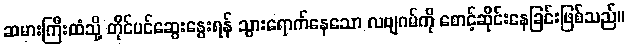
ဆမားကြီးထံသို့ တိုင်ပင်ဆွေးနွေးရန် သွားရောက်နေသော လဗျဂမ်ကို စောင့်ဆိုင်းနေခြင်းဖြစ်သည်။